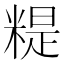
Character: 䊓